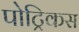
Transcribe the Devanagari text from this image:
पोट्रिकस